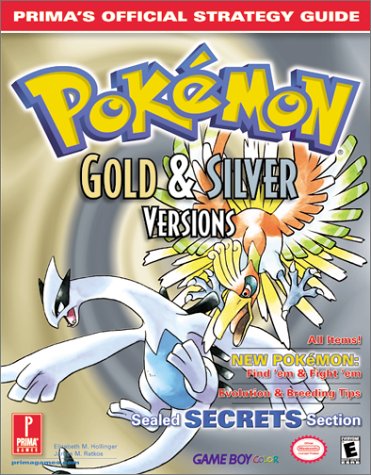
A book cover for Pokemon Gold & Silver: Prima's Official Strategy Guide; Elizabeth Hollinger; Computers & Technology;